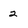
Character: 2